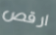
ارقص